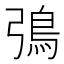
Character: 𬶿